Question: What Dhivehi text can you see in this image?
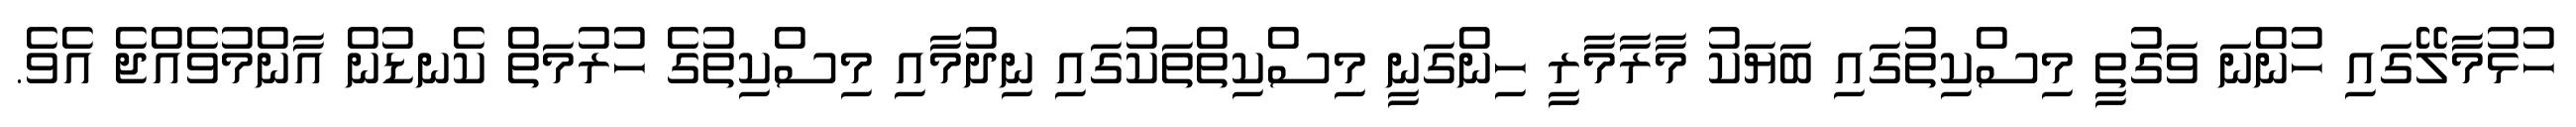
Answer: ހުޅުމާލޭގައި ހުންނަ ވަގުތީ މިސްކިތުގައި ބަޔަކު މާރާމާރީ ހިންގަނީ މިސްކިތްތަކުގައި ނިދުމާއި މިސްކިތުގެ ހުރުމަތް ކެނޑުން އާންމުވެއްޖެ އެވެ.